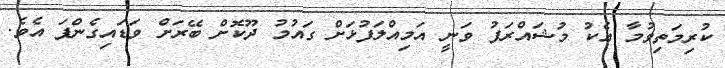
ކުރިމަތިވުމާ އެކު މުޝައްރަފު ވަނީ އަމިއްލަފުޅަށް ގައުމު ދޫކޮށް ބޭރަށް ވަޑައިގެންފަ އެވެ.